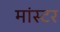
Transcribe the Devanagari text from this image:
मांस्टर